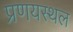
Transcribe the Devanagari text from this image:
प्रणयस्थल